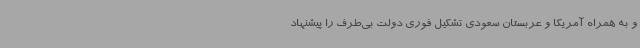
و به همراه آمریکا و عربستان سعودی تشکیل فوری دولت بی‌طرف را پیشنهاد